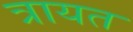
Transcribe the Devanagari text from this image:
त्रायत